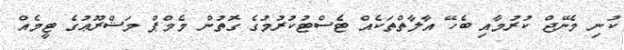
ކުނި މެނޭޖް ކުރުމާއި ބެހޭ އާލާތްތަކެއް ޓެސްޓުކުރުމުގެ ގޮތުން މެމްޕް މަޝްރޫޢުގެ ޓީމެއް